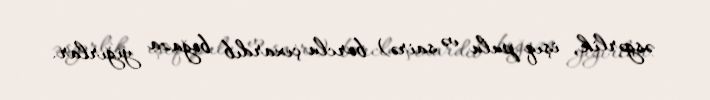
əsgərlik, işıq pulu və sairə) borclu çıxardıb boğaza yığırlar.